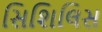
સિશિલિસ